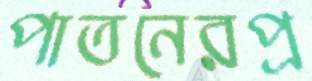
পাতনেরপ্র